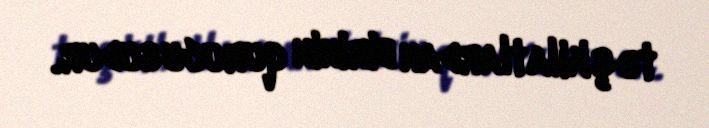
təşkilatlardan birinin qurucusudur.